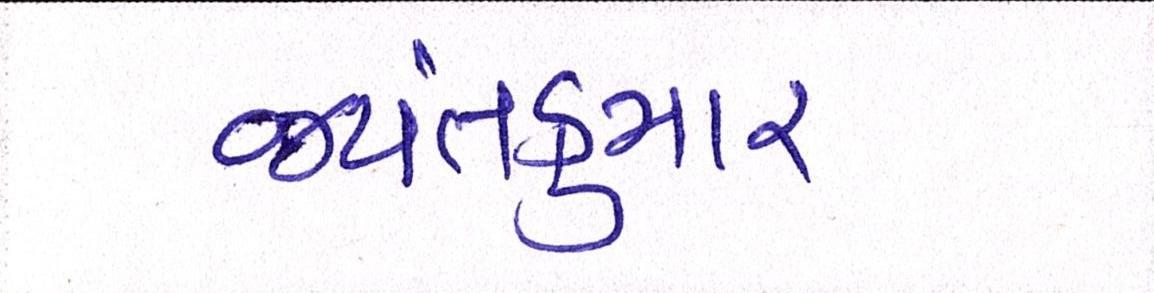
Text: જયંતકુમાર